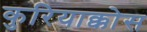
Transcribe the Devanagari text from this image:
कुरियाक्कोस